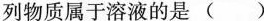
列物质属于溶液的是（）